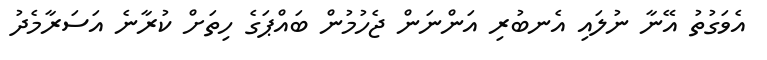
އެވަގުތު އޭނާ ނުލައި އެނބުރި އަންނަން ޖެހުމުން ބައްޕަގެ ހިތަށް ކުރާނެ އަސަރާމެދު